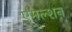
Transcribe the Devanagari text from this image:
एमल्शन